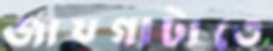
জায়গাটাতে